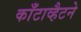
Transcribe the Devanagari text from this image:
काँटाव्हैटने